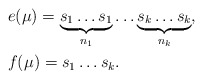
\begin{align*}& e(\mu)=\underbrace{s_1\dots s_1}_{n_1} \dots \underbrace{s_k\dots s_k}_{n_k}, \\& f(\mu)=s_1\dots s_k.\end{align*}